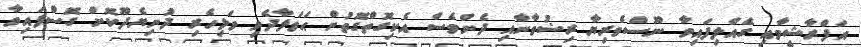
އަފްރާޝީމާއި ގެއްލިފައިވާ ނޫސްވެރިޔާ ރިޟުވާނާއި ދެންވެސް އެކިގޮތްގޮތުން ޙަމަލާދެވި ވަޅިހެރި ދުނިޔެދޫކޮށް ގޮސްފައިވާ